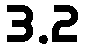
3.2